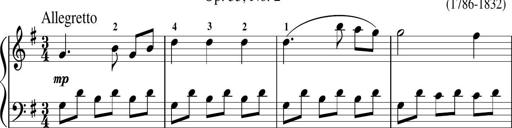
Title: Sonatina in G major
Composer: Friedrich Kuhlau
Key: G major